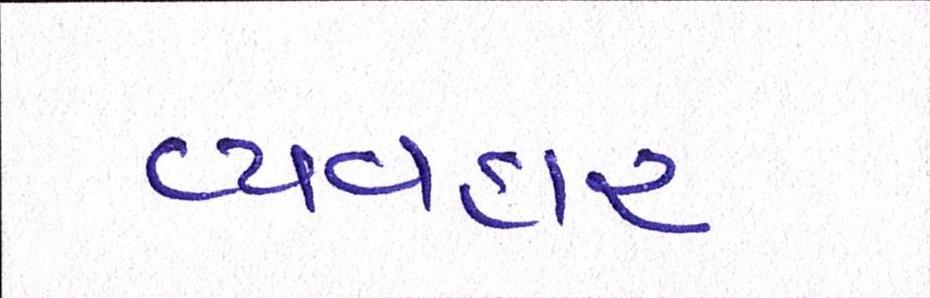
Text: વ્યવહાર